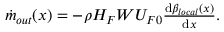
\begin{array} { r } { \dot { m } _ { o u t } ( x ) = - \rho H _ { F } W U _ { F 0 } \frac { \mathrm { d } \beta _ { l o c a l } ( x ) } { \mathrm { d } x } . } \end{array}